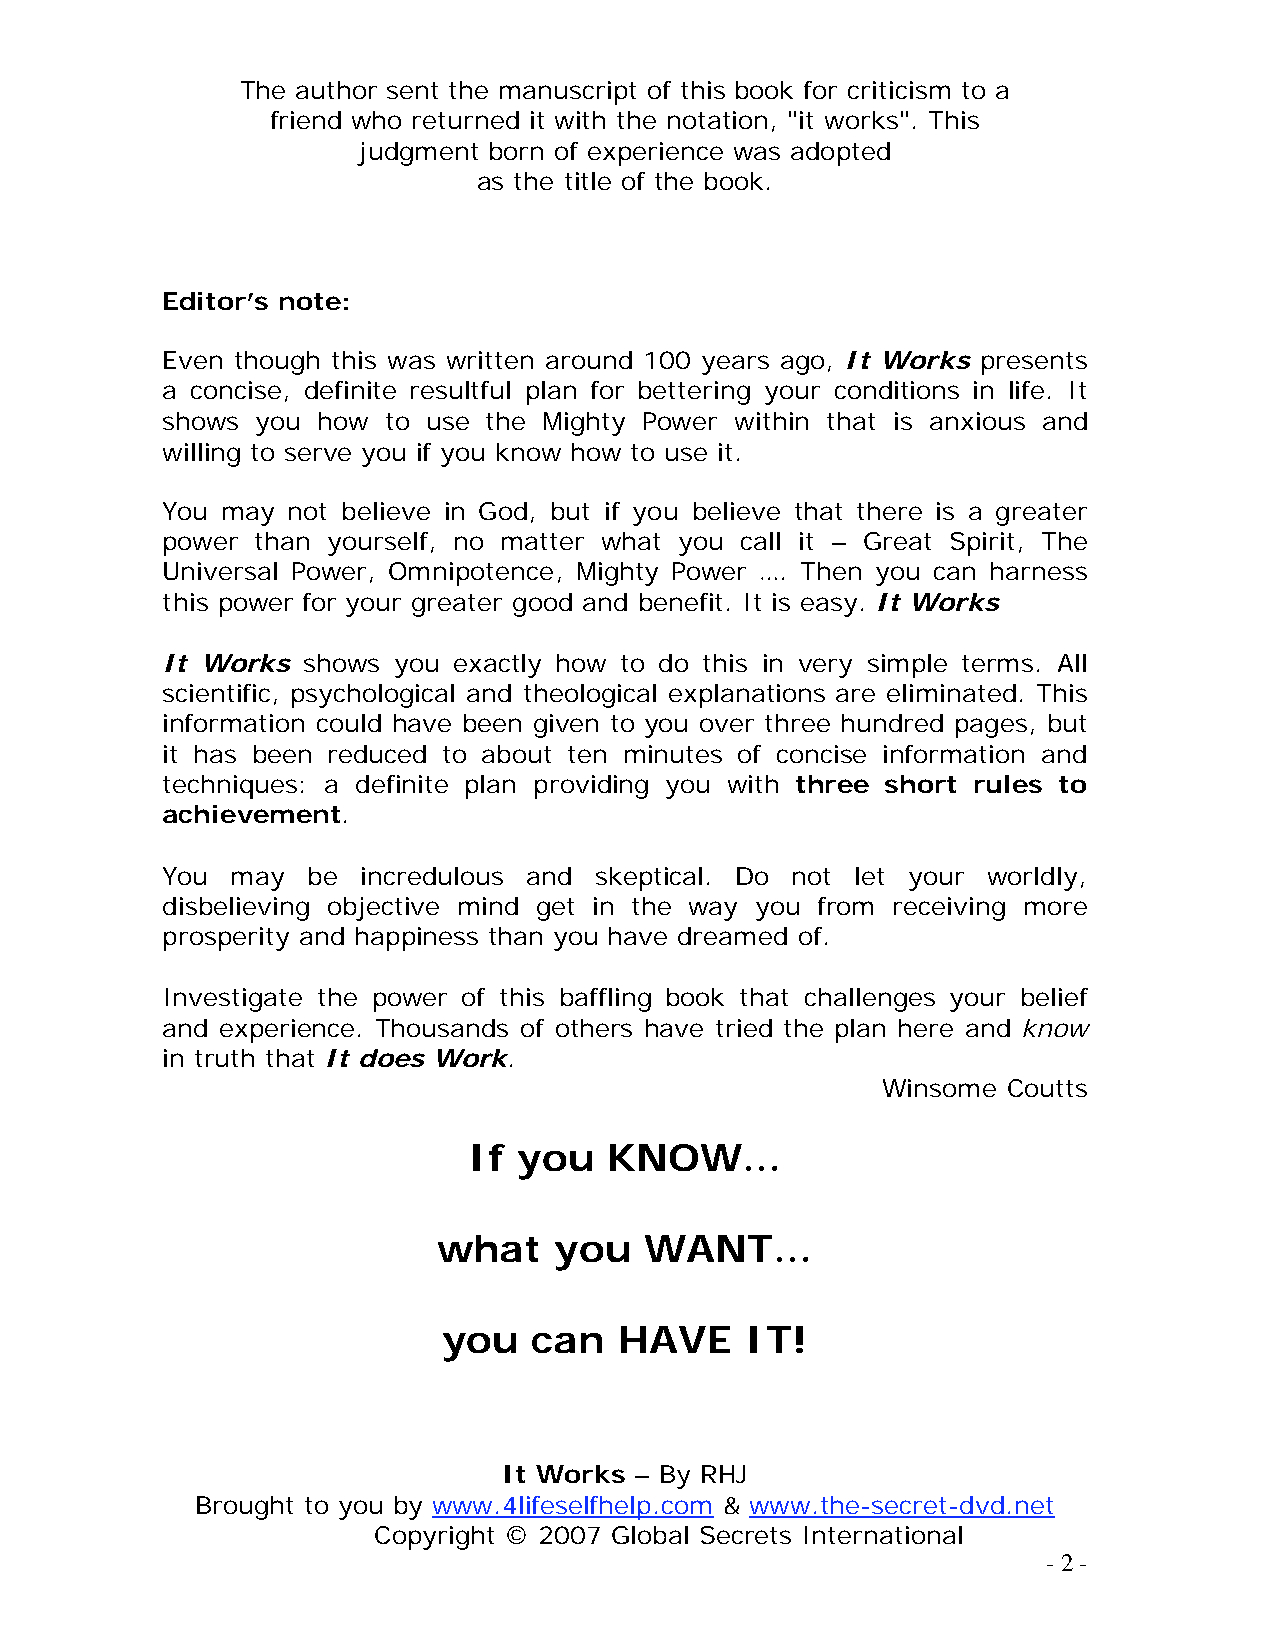
The author sent the manuscript of this book for criticism to a
 friend who returned it with the notation, "it works". This
 judgment born of experience was adopted
 as the title of the book.
 Editor’s note:
 Even though this was written around 100 years ago, It Works presents
 a concise, definite resultful plan for bettering your conditions in life. It
 shows you how  to use the Mighty Power within that is anxious and
 willing to serve you if you know how to use it.
 You may not believe in God, but if you believe that there is a greater
 power than yourself, no matter what you call it – Great Spirit, The
 Universal Power, Omnipotence, Mighty Power …. Then you can harness
 this power for your greater good and benefit. It is easy. It Works
 It Works shows you exactly how to do this in very simple terms. All
 scientific, psychological and theological explanations are eliminated. This
 information could have been given to you over three hundred pages, but
 it has been reduced to about ten minutes of concise information and
 techniques: a definite plan providing you with three short rules to
 achievement.
 You may  be  incredulous and skeptical. Do not let your worldly,
 disbelieving objective mind get in the way you from receiving more
 prosperity and happiness than you have dreamed of.
 Investigate the power of this baffling book that challenges your belief
 and experience. Thousands of others have tried the plan here and know
 in truth that It does Work.
 Winsome  Coutts
 If you   KNOW…
 what    you   WANT…
 you   can   HAVE    IT!
 It Works – By RHJ
 Brought to you by www.4lifeselfhelp.com & www.the-secret-dvd.net
 Copyright © 2007 Global Secrets International
 - 2 -